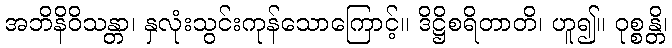
အဘိနိဝိသန္တာ၊ နှလုံးသွင်းကုန်သောကြောင့်။ ဒိဋ္ဌိစရိတာတိ၊ ဟူ၍။ ဝုစ္စန္တိ၊